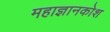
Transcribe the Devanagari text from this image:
महाज्ञानकोश